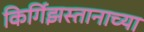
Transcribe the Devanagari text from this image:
किर्गिझस्तानाच्या